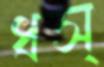
ধস্‌